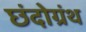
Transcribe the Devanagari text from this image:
छंदोग्रंथ